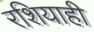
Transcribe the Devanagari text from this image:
रशियाही